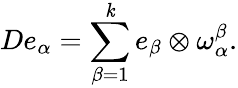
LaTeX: De_{\alpha}=\sum_{\beta=1}^{\mathit{k}}e_{\beta}\otimes\omega_{\alpha}^{\beta}.